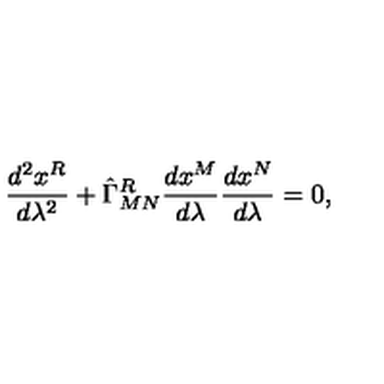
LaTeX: { \frac { d ^ { 2 } x ^ { R } } { d \lambda ^ { 2 } } } + \hat { \Gamma } _ { M N } ^ { R } { \frac { d x ^ { M } } { d \lambda } } { \frac { d x ^ { N } } { d \lambda } } = 0 ,